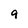
Character: 9